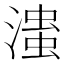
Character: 𰝆